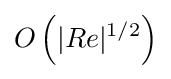
O\left(|Re|^{1/2}\right)